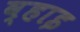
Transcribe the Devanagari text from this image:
व्हाइ